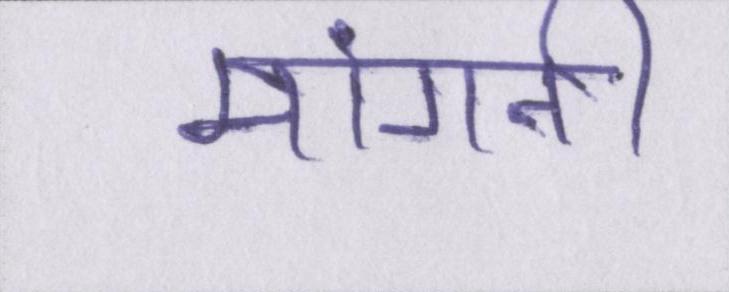
मांगनी